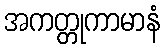
အကတ္တုကာမာနံ